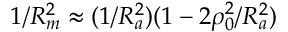
1 / R _ { m } ^ { 2 } \approx ( 1 / R _ { a } ^ { 2 } ) ( 1 - 2 \rho _ { 0 } ^ { 2 } / R _ { a } ^ { 2 } )